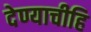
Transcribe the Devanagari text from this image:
देण्याचीहि